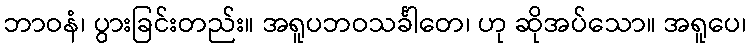
ဘာဝနံ၊ ပွားခြင်းတည်း။ အရူပဘဝသင်္ခါတေ၊ ဟု ဆိုအပ်သော။ အရူပေ၊